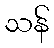
သန်